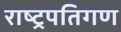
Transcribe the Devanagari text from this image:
राष्ट्रपतिगण